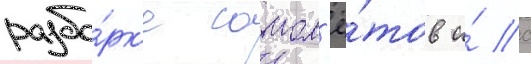
разбо́рк'е самол'ё́тов и́ с